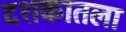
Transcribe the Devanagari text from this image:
दशकातला